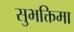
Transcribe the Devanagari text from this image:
सुभक्तिमा